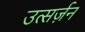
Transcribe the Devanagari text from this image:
उत्सर्ज़न